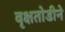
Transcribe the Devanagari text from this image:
वृक्षतोडीने